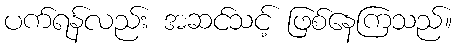
ပက်ရန်လည်း အဆင်သင့် ဖြစ်နေကြသည်။